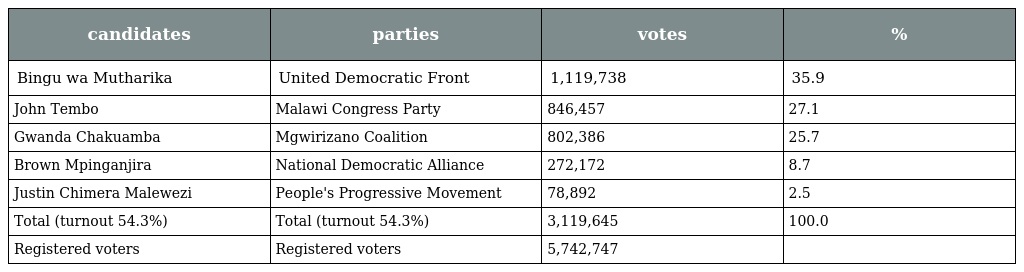
| candidates | parties | votes | % |
 | --- | --- | --- | --- |
 | Bingu wa Mutharika | United Democratic Front | 1,119,738 | 35.9 |
 | John Tembo | Malawi Congress Party | 846,457 | 27.1 |
 | Gwanda Chakuamba | Mgwirizano Coalition | 802,386 | 25.7 |
 | Brown Mpinganjira | National Democratic Alliance | 272,172 | 8.7 |
 | Justin Chimera Malewezi | People's Progressive Movement | 78,892 | 2.5 |
 | Total (turnout 54.3%) | Total (turnout 54.3%) | 3,119,645 | 100.0 |
 | Registered voters | Registered voters | 5,742,747 |  |